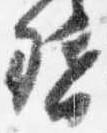
督